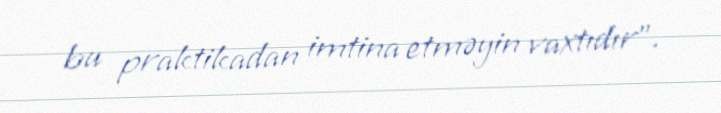
bu praktikadan imtina etməyin vaxtıdır”.